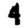
Digit: 4